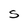
Character: S